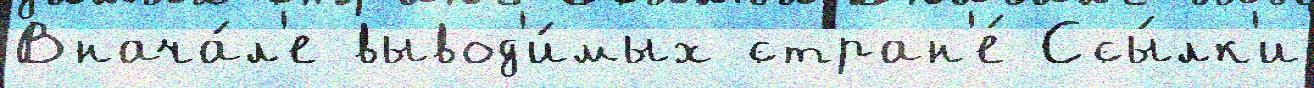
Внача́л'е вывод'и́мых стран'е́ Ссы́лк'и